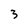
Character: 3